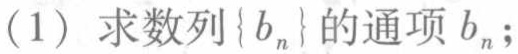
(1) 求数列\(\{b_{n}\}\)的通项\(b_{n}\);